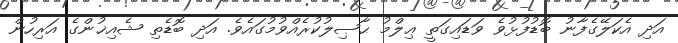
އަދި އެކަލޭގެފާނު ބޮޑުފުޅުވެ ވަޑައިގަތީ ޢިލްމު ޙާޞިލުކުރެއްވުމުގައެވެ. އަދި ބޮޑެތި ޝެއިޚުންގެ އަރިހުން